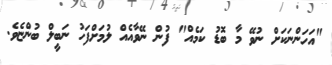
"އަހަންނަކަށް ނުވޭ މާ ބޮޑު ކަމެއް" ފުން ނޭވާއެއް ލުމަށްފަހު ނަބީލް ބުންޏެވެ.